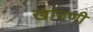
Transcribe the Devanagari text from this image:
खांदणी